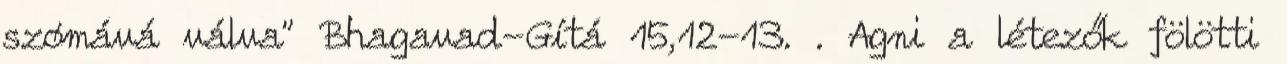
szómává válva" Bhagavad-Gítá 15,12-13. . Agni a létezők fölötti